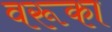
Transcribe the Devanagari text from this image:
वरूका